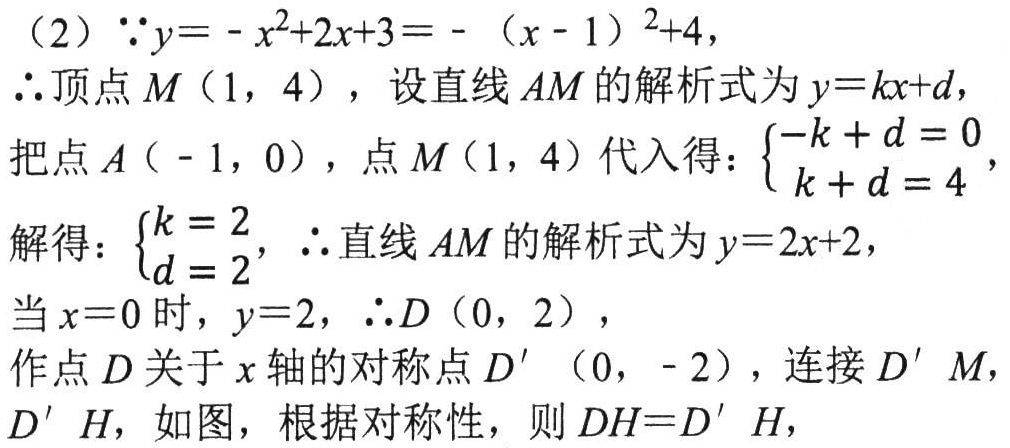
（2）\(\because y = -x^{2}+2x + 3=-(x - 1)^{2}+4\)，
\(\therefore\)顶点\(M(1,4)\)，设直线\(AM\)的解析式为\(y = kx + d\)，
把点\(A(-1,0)\)，点\(M(1,4)\)代入得：\(\begin{cases}-k + d = 0\\k + d = 4\end{cases}\)，
解得：\(\begin{cases}k = 2\\d = 2\end{cases}\)，\(\therefore\)直线\(AM\)的解析式为\(y = 2x + 2\)，
当\(x = 0\)时，\(y = 2\)，\(\therefore D(0,2)\)，
作点\(D\)关于\(x\)轴的对称点\(D'(0,-2)\)，连接\(D'M\)，\(D'H\)，如图，根据对称性，则\(DH = D'H\)，